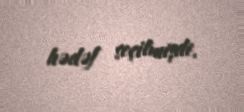
hədəf seçilmişdi.